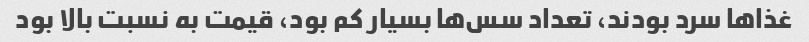
غذاها سرد بودند، تعداد سس‌ها بسیار کم بود، قیمت به نسبت بالا بود